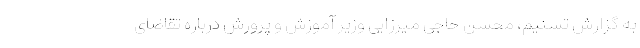
به گزارش تسنیم، محسن حاجی میرزایی وزیر آموزش و پرورش درباره تقاضای